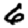
Digit: 6